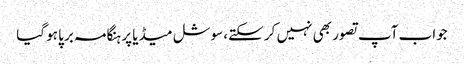
جواب آپ تصور بھی نہیں کر سکتے، سوشل میڈیا پر ہنگامہ برپا ہو گیا